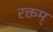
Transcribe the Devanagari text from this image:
रक्तम्